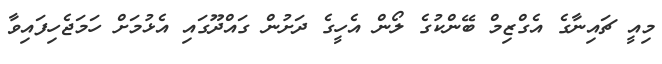
މިއީ ޗައިނާގެ އެގްޒިމް ބޭންކުގެ ލޯން އެހީގެ ދަށުން ގައްދޫގައި އެޅުމަށް ހަމަޖެހިފައިވާ